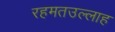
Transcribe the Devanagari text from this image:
रहमतउल्लाह